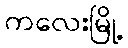
ကလေးမြို့